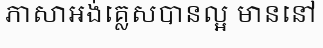
ភាសាអង់គ្លេសបានល្អ មាននៅ